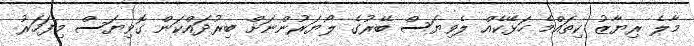
މާލެ ރިޔާޒު ކިތައްމެ ހަޅޭކެއް ލެވިޔަސް ބޭރުގެ ލޯޔަރުންނަށް ބިރުދައްކަން ގޮވިޔަސް މިފަހަރު